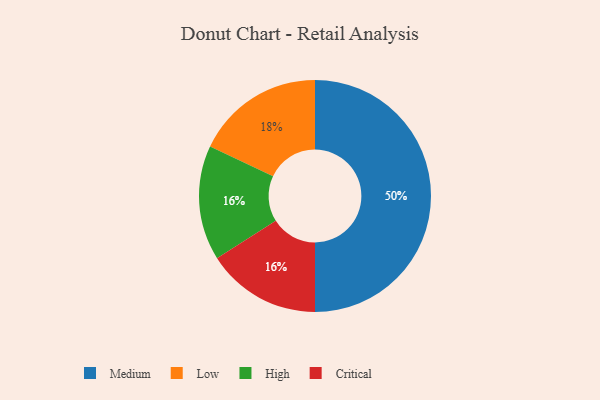
{"axis": {"x": "Category", "y": "Percentage"}, "legend": ["Critical", "High", "Low", "Medium"], "data": [{"x": "High", "y": 16, "type": "High"}, {"x": "Critical", "y": 16, "type": "Critical"}, {"x": "Medium", "y": 50, "type": "Medium"}, {"x": "Low", "y": 18, "type": "Low"}]}